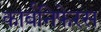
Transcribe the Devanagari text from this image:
कार्बनिफेरस